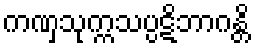
ကဏှသုက္ကသပ္ပဋိဘာဂန္တိ